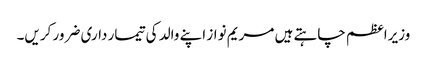
وزیراعظم چاہتے ہیں مریم نواز اپنے والد کی تیمار داری ضرور کریں۔